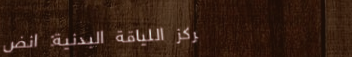
مركز اللياقة البدنية: انض